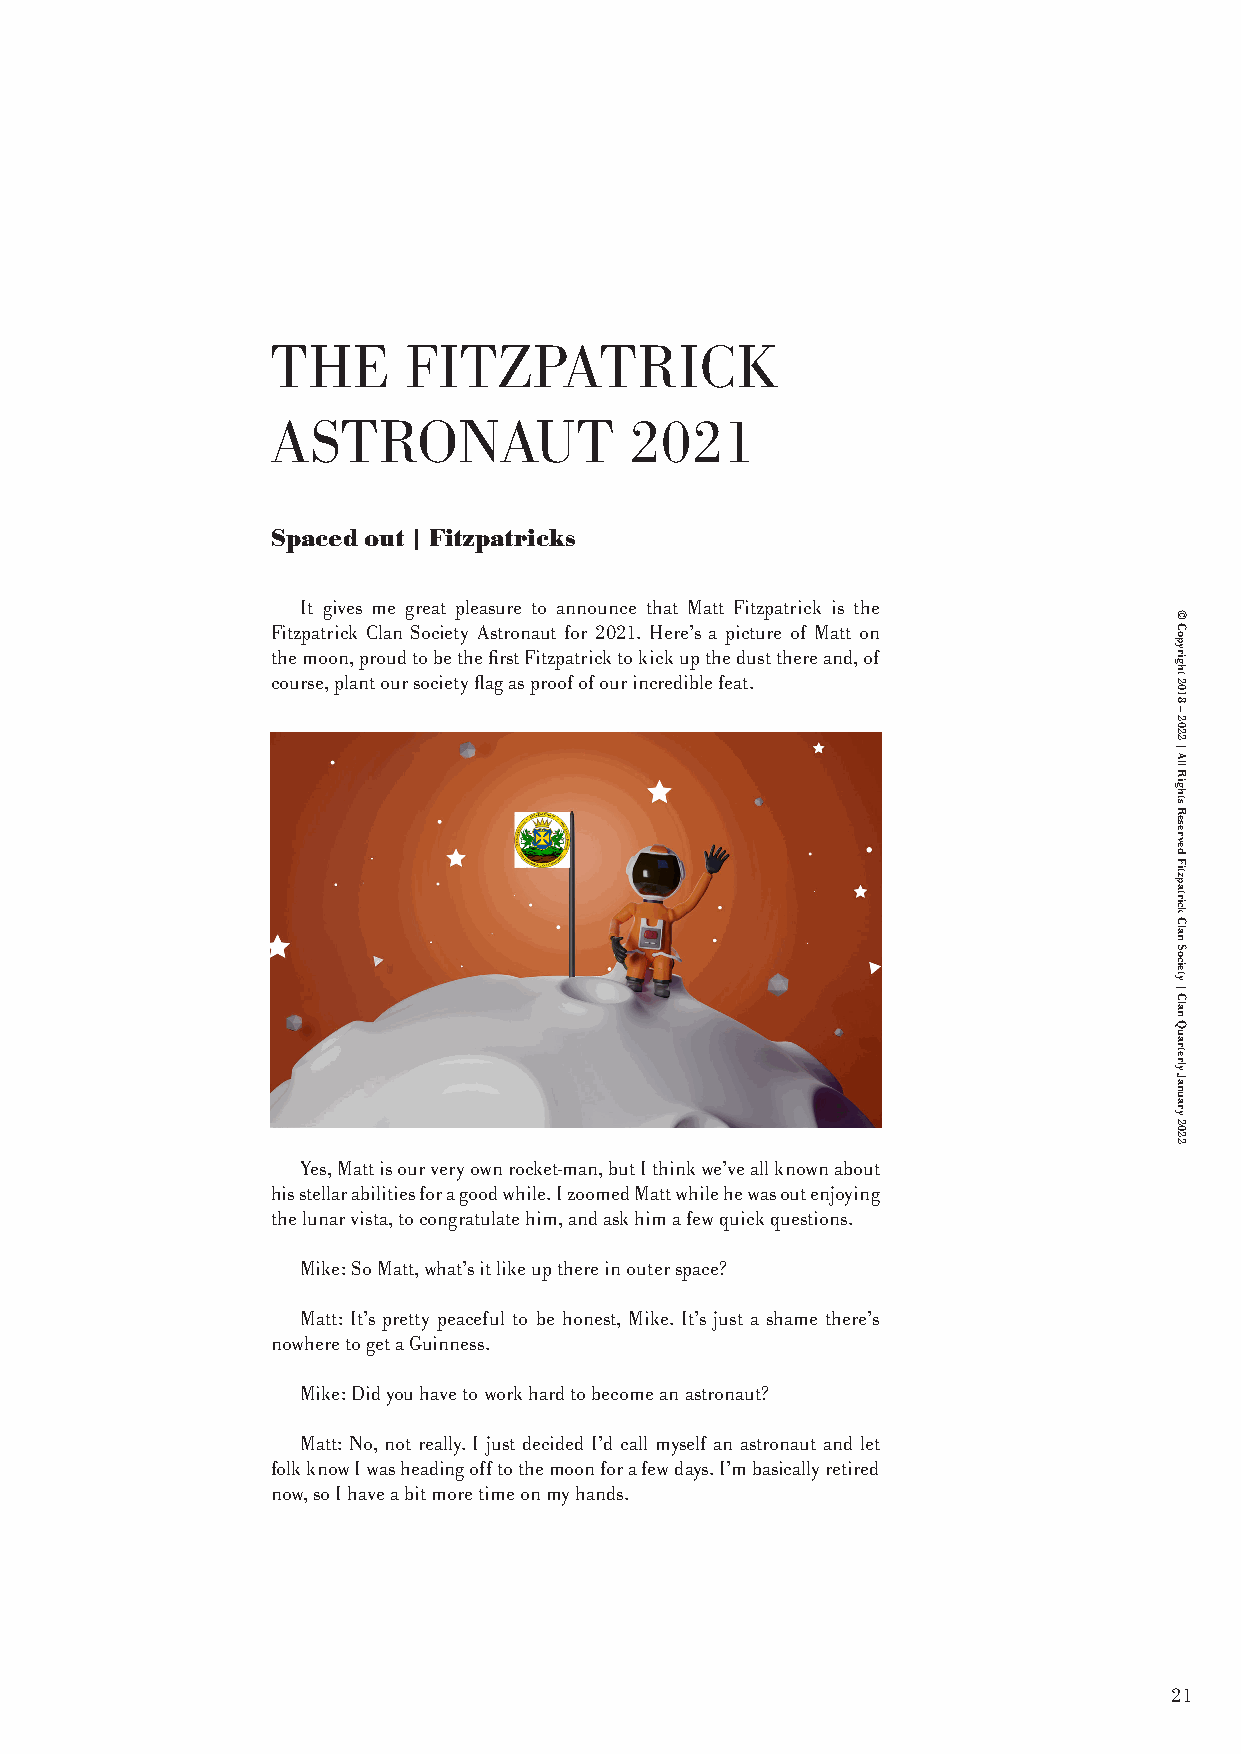
THE      FITZPATRICK
 ASTRONAUT               2021
 Spaced out | Fitzpatricks
 It gives me great pleasure to announce that Matt Fitzpatrick is the
 Fitzpatrick Clan Society Astronaut for 2021. Here’s a picture of Matt on
 the moon, proud to be the first Fitzpatrick to kick up the dust there and, of
 course, plant our society flag as proof of our incredible feat.
 Yes, Matt is our very own rocket-man, but I think we’ve all known about
 his stellar abilities for a good while. I zoomed Matt while he was out enjoying
 the lunar vista, to congratulate him, and ask him a few quick questions.
 Mike: So Matt, what’s it like up there in outer space?
 Matt: It’s pretty peaceful to be honest, Mike. It’s just a shame there’s
 nowhere to get a Guinness.
 Mike: Did you have to work hard to become an astronaut?
 Matt: No, not really. I just decided I’d call myself an astronaut and let
 folk know I was heading off to the moon for a few days. I’m basically retired
 now, so I have a bit more time on my hands.
 21
 ©
 Copyright
 2018
 –
 2022
 |
 All
 Rights
 Reserved
 Fitzpatrick
 Clan
 Society
 |
 Clan
 Quarterly
 January
 2022